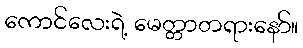
ကောင်လေးရဲ့ မေတ္တာတရားနော်။